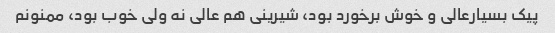
پیک بسیارعالی و خوش برخورد بود، شیرینی هم عالی نه ولی خوب بود، ممنونم